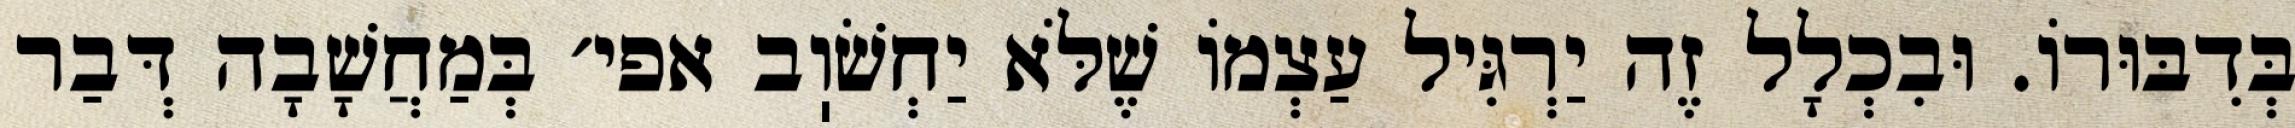
בְּדִבּוּרוֹ. וּבִכְלָל זֶה יַרְגִּיל עַצְמוֹ שֶׁלֹּא יַחְשֹׁוֽב אפי׳ בְּמַחֲשָׁבָה דְּבַר